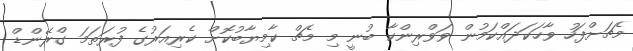
މެޗަށްފަހު ވާހަކަދައްކަމުން ވަވްރިންކާ ބުނީ މި މެޗް ކާމިޔާބުކޮށް ކެރިއަރުގެ ފުރަތަމަ ގްރޭންޑް